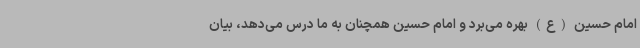
امام حسین (ع) بهره می‌برد و امام حسین همچنان به ما درس می‌دهد، بیان